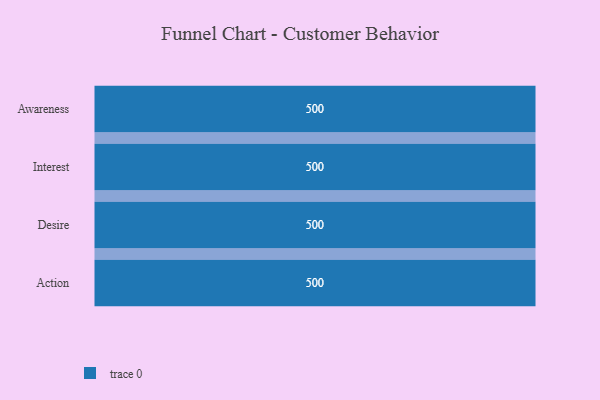
{"axis": {"x": "Stage", "y": "Value"}, "legend": [""], "data": [{"x": "Awareness", "y": 500, "type": ""}, {"x": "Interest", "y": 500, "type": ""}, {"x": "Desire", "y": 500, "type": ""}, {"x": "Action", "y": 500, "type": ""}]}